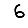
Digit: 6